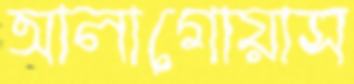
আলাগোয়াস